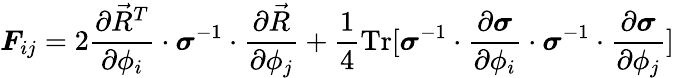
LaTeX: \boldsymbol{F}_{ij}=2\frac{\partial\vec{R}^{T}}{\partial\phi_{i}}\cdot\boldsymbol{\sigma}^{-1}\cdot\frac{\partial\vec{R}}{\partial\phi_{j}}+\frac{1}{4}\mathrm{Tr}[\boldsymbol{\sigma}^{-1}\cdot\frac{\partial\boldsymbol{\sigma}}{\partial\phi_{i}}\cdot\boldsymbol{\sigma}^{-1}\cdot\frac{\partial\boldsymbol{\sigma}}{\partial\phi_{j}}]